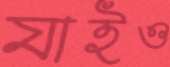
যাইও